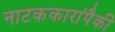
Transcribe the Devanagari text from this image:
नाटककारांपैकी